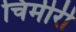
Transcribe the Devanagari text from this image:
चिमीरी